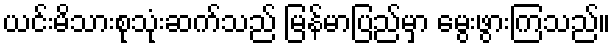
ယင်းမိသားစုသုံးဆက်သည် မြန်မာပြည်မှာ မွေးဖွားကြသည်။